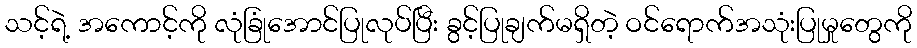
သင့်ရဲ့ အကောင့်ကို လုံခြုံအောင်ပြုလုပ်ပြီး ခွင့်ပြုချက်မရှိတဲ့ ဝင်ရောက်အသုံးပြုမှုတွေကို